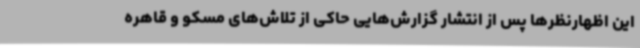
این اظهارنظرها پس از انتشار گزارش‌هایی حاکی از تلاش‌های مسکو و قاهره